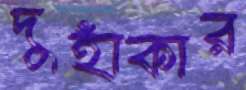
দুহাঁকার